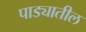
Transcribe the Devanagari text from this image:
पाड्यातील